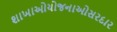
શાખાઓયોજનાઓસરદાર